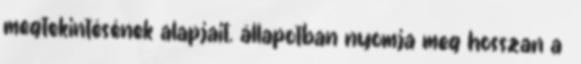
megtekintésének alapjait. állapotban nyomja meg hosszan a